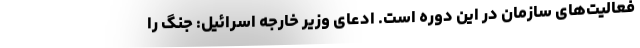
فعالیت‌های سازمان در این دوره است. ادعای وزیر خارجه اسرائیل: جنگ را